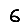
Digit: 6